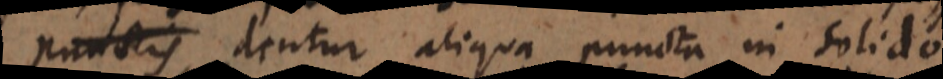
punctis aliqua puncta in solido